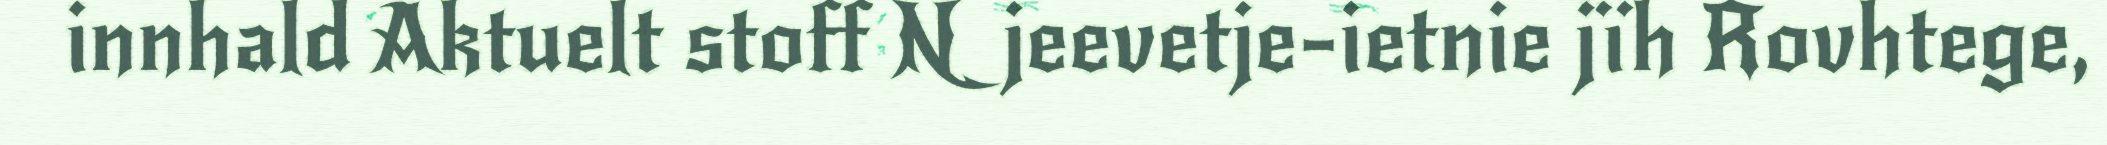
innhald Aktuelt stoff Njeevetje-ietnie jïh Rovhtege,